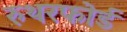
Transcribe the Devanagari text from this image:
रुथरफोर्ड